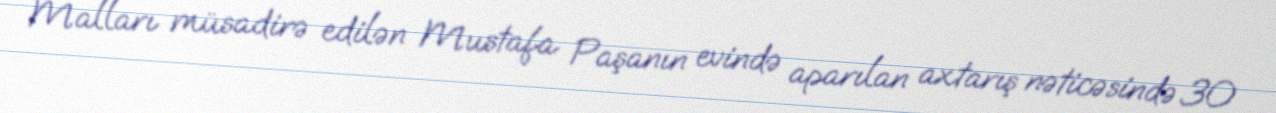
Malları müsadirə edilən Mustafa Paşanın evində aparılan axtarış nəticəsində 30